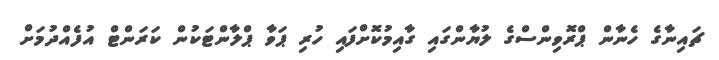
ޗައިނާގެ ހެނާން ޕްރޮވިންސްގެ ލުޔާންގައި ގާއިމުކޮށްފައި ހުރި ޕަވާ ޕްލާންޓަކުން ކަރަންޓް އުފެއްދުމަށް